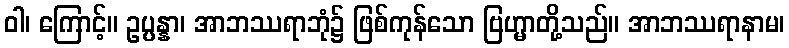
ဝါ၊ ကြောင့်။ ဥပ္ပန္နာ၊ အာဘဿရာဘုံ၌ ဖြစ်ကုန်သော ဗြဟ္မာတို့သည်။ အာဘဿရာနာမ၊